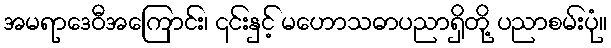
အမရာဒေဝီအကြောင်း၊ ၎င်းနှင့် မဟောသဓာပညာရှိတို့ ပညာစမ်းပုံ။